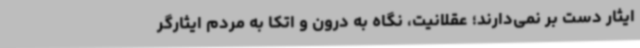
ایثار دست بر نمی‌دارند؛ عقلانیت، نگاه به درون و اتکا به مردم ایثارگر